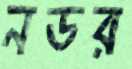
নডর